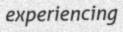
experiencing